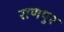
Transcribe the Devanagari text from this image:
राणपुर